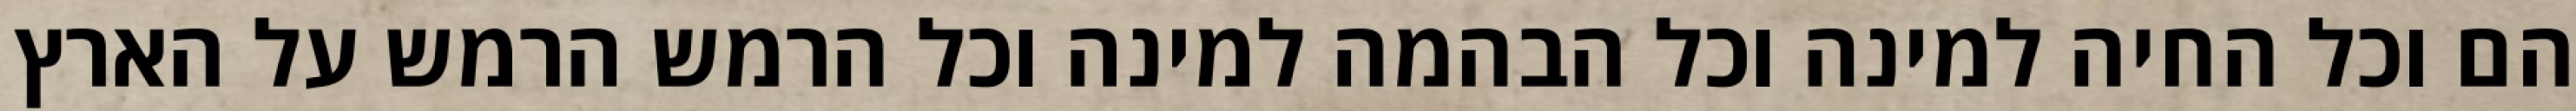
הם וכל החיה למינה וכל הבהמה למינה וכל הרמש הרמש על הארץ